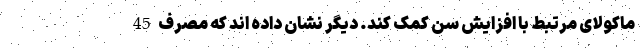
ماکولای مرتبط با افزایش سن کمک کند. دیگر نشان داده اند که مصرف 45